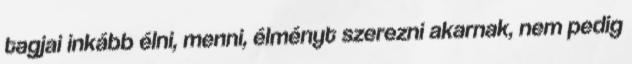
tagjai inkább élni, menni, élményt szerezni akarnak, nem pedig